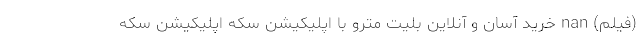
(فیلم) nan خرید آسان و آنلاین بلیت مترو با اپلیکیشن سکه اپلیکیشن سکه